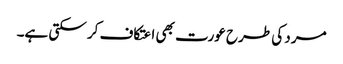
مرد کی طرح عورت بھی اعتکاف کر سکتی ہے۔